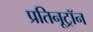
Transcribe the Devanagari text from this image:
प्रतिनूट्रॉन